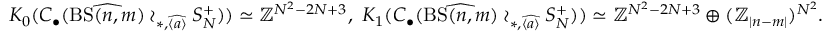
K _ { 0 } ( C _ { \bullet } ( \widehat { \mathrm { B S } ( n , m ) } \wr _ { \ast , \widehat { \langle a \rangle } } S _ { N } ^ { + } ) ) \simeq \mathbb { Z } ^ { N ^ { 2 } - 2 N + 3 } , \, \, K _ { 1 } ( C _ { \bullet } ( \widehat { \mathrm { B S } ( n , m ) } \wr _ { \ast , \widehat { \langle a \rangle } } S _ { N } ^ { + } ) ) \simeq \mathbb { Z } ^ { N ^ { 2 } - 2 N + 3 } \oplus ( \mathbb { Z } _ { \vert n - m \vert } ) ^ { N ^ { 2 } } .